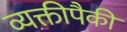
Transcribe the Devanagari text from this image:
व्यक्तीपैकी